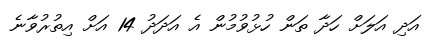
އަދި އަލަށް ހަދާ ތަން ހުޅުވުމުން އެ އަދަދު 14 އަށް އިތުރުވާނެ